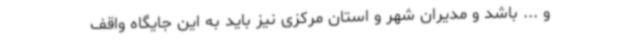
و ... باشد و مدیران شهر و استان مرکزی نیز باید به این جایگاه واقف